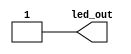
/* 
 * This hardware will be used to simply drive an output signal high to turn on
 * an LED 
 */

`timescale 1ns / 100ps

module hello_top (
    output led_out
);

assign led_out = 1'b1;

endmodule